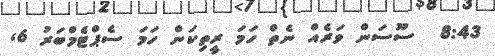
8:43  ސޫސަން ވަރެއް ނެތް ހަމަ ރީތިކަން ހަމަ ސެޕްޓެމްބަރު 6